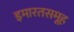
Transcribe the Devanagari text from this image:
इमारतसमूह